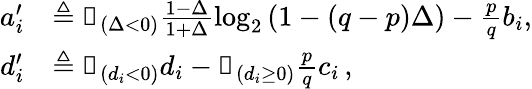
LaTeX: \begin{array}{rl}{a_{i}^{\prime}}&{\triangleq\mathbb{1}_{(\Delta<0)}\frac{1-\Delta}{1+\Delta}\log_{2}\left(1-(q-p)\Delta\right)-\frac{p}{q}b_{i},}\\ {d_{i}^{\prime}}&{\triangleq\mathbb{1}_{(d_{i}<0)}d_{i}-\mathbb{1}_{(d_{i}\ge 0)}\frac{p}{q}c_{i}\, ,}\end{array}